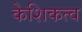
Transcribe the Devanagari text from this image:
केशिकत्व